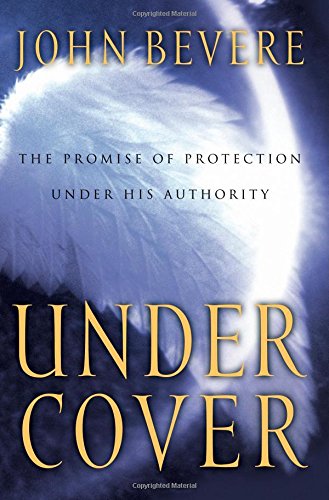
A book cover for Under Cover: The Promise of Protection Under His Authority; John Bevere; Christian Books & Bibles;